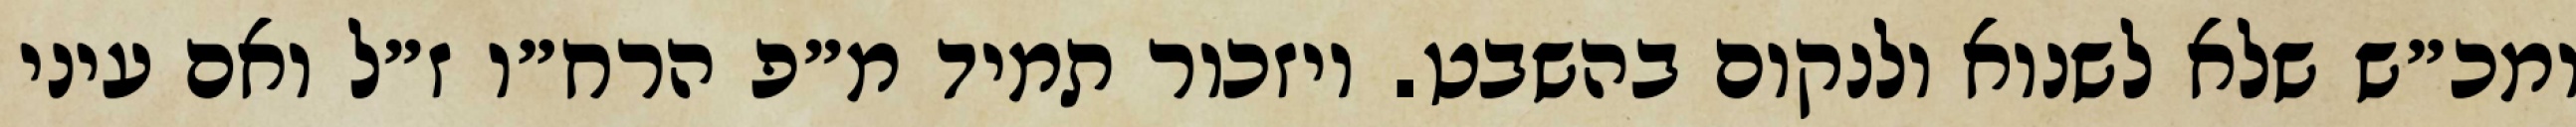
ומכ״ש שלא לשנוא ולנקום בהשבט. ויזכור תמיד מ״פ הרח״ו ז״ל ואם עיני